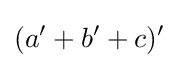
(a'+b'+c)'